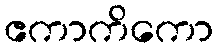
ဧကာကိကော